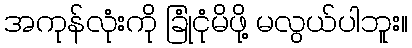
အကုန်လုံးကို ခြုံငုံမိဖို့ မလွယ်ပါဘူး။